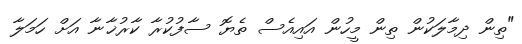
"ތިން ދިމާލަކުން ތިން މީހުން އައިއެސް ތެޔޮ ސާފުކުރާ ކާރުޚާނާ އަށް ހަމަލާ